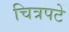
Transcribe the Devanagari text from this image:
चित्रपटे